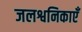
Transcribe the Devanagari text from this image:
जलश्वनिकाएँ